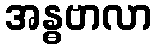
အန္ဓဗာလာ